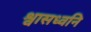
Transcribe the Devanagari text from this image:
श्वासध्वनि